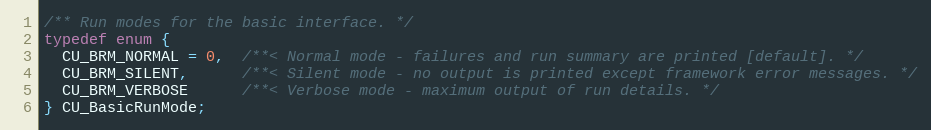
Language: C
/** Run modes for the basic interface. */
typedef enum {
  CU_BRM_NORMAL = 0,  /**< Normal mode - failures and run summary are printed [default]. */
  CU_BRM_SILENT,      /**< Silent mode - no output is printed except framework error messages. */
  CU_BRM_VERBOSE      /**< Verbose mode - maximum output of run details. */
} CU_BasicRunMode;